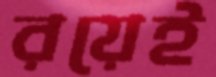
রয়েই